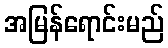
အမြန်ရောင်းမည်